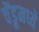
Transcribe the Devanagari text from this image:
चेंडूमध्ये